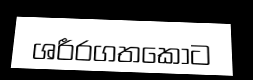
ශරීරගතකොට